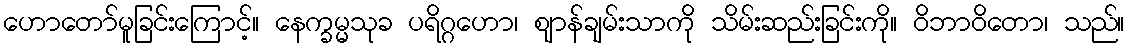
ဟောတော်မူခြင်းကြောင့်။ နေက္ခမ္မသုခ ပရိဂ္ဂဟော၊ ဈာန်ချမ်းသာကို သိမ်းဆည်းခြင်းကို။ ဝိဘာဝိတော၊ သည်။